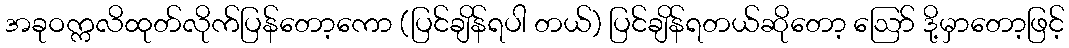
အခုဝက္ကလိထုတ်လိုက်ပြန်တော့ကော (ပြင်ချိန်ရပါ တယ်) ပြင်ချိန်ရတယ်ဆိုတော့ ဪ ဒို့မှာတော့ဖြင့်